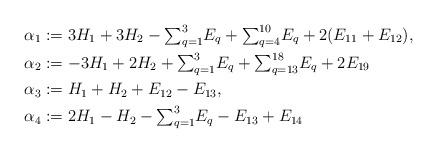
LaTeX: \begin{align*}\alpha_1 &:= 3H_1 + 3H_2 - \textstyle{\sum}_{q=1}^3 E_q + \textstyle{\sum}_{q=4}^{10} E_q + 2(E_{11} + E_{12}),\\\alpha_2 &:= -3H_1 + 2H_2 + \textstyle{\sum}_{q=1}^3 E_q + \textstyle{\sum}_{q=13}^{18} E_q + 2E_{19}\\\alpha_3 &:= H_1 + H_2 + E_{12} - E_{13},\\\alpha_4 &:= 2H_1 - H_2 - \textstyle{\sum}_{q=1}^3 E_q - E_{13} + E_{14}\end{align*}